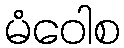
မံဝေါစ